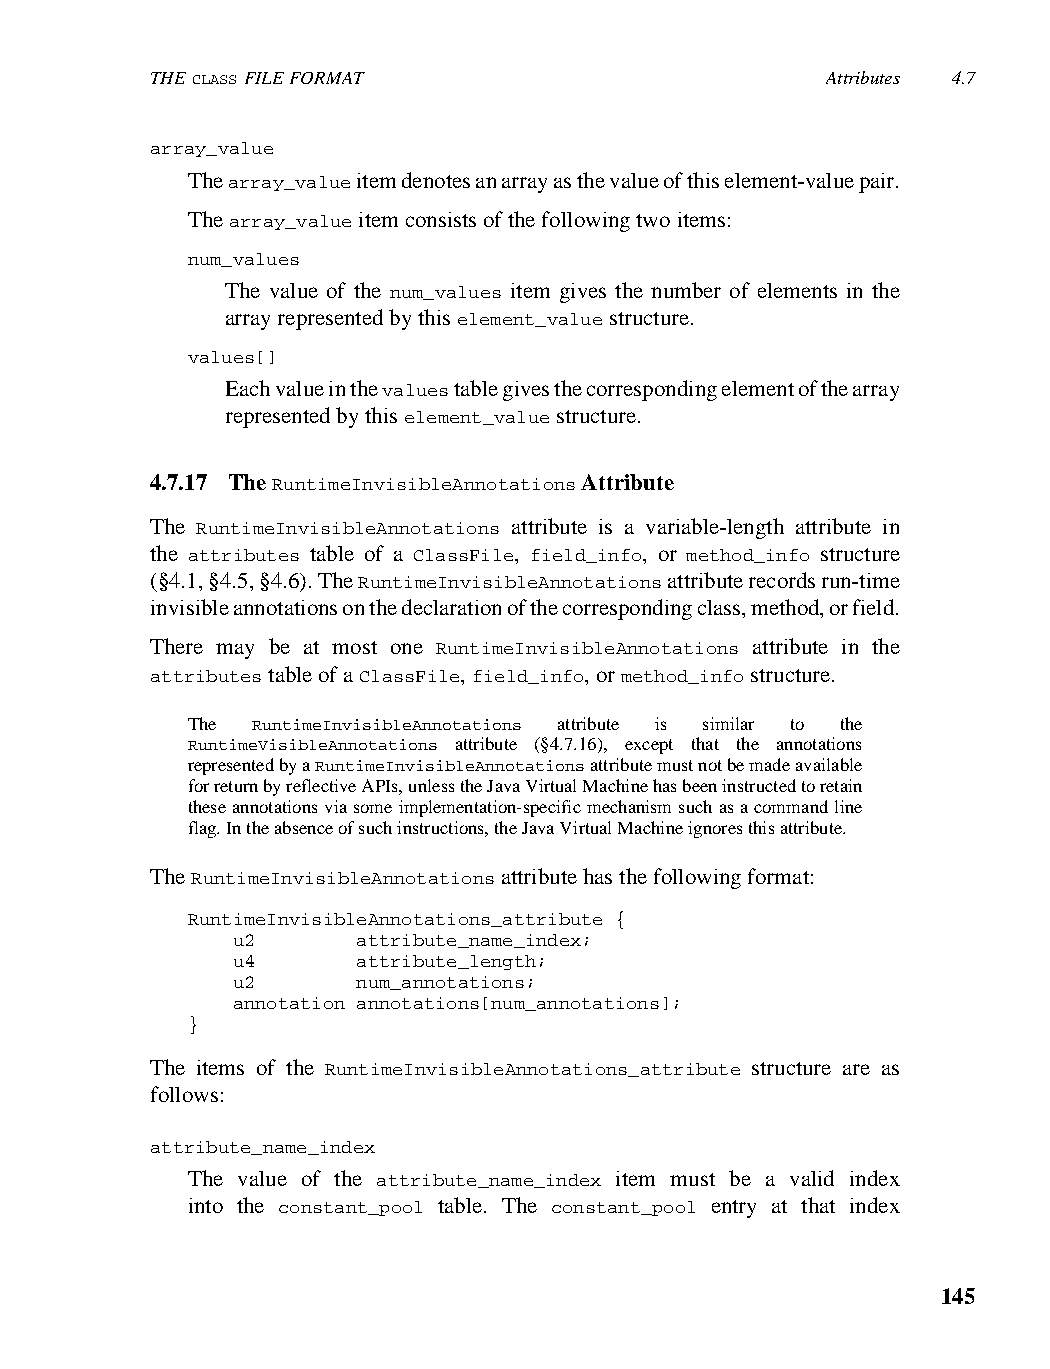
THE CLASS FILE FORMAT                        Attributes 4.7
 array_value
 The array_value item denotes an array as the value of this element-value pair.
 The array_value item consists of the following two items:
 num_values
 The value of the num_values item gives the number of elements in the
 array represented by this element_value structure.
 values[]
 Each value in the values table gives the corresponding element of the array
 represented by this element_value structure.
 4.7.17 The RuntimeInvisibleAnnotations Attribute
 The RuntimeInvisibleAnnotations attribute is a variable-length attribute in
 the attributes table of a ClassFile, field_info, or method_info structure
 (§4.1, §4.5, §4.6). The RuntimeInvisibleAnnotations attribute records run-time
 invisible annotations on the declaration of the corresponding class, method, or field.
 There may be at most one RuntimeInvisibleAnnotations attribute in the
 attributes table of a ClassFile, field_info, or method_info structure.
 The  RuntimeInvisibleAnnotations attribute is similar to the
 RuntimeVisibleAnnotations attribute (§4.7.16), except that the annotations
 represented by a RuntimeInvisibleAnnotations attribute must not be made available
 for return by reflective APIs, unless the Java Virtual Machine has been instructed to retain
 these annotations via some implementation-specific mechanism such as a command line
 flag. In the absence of such instructions, the Java Virtual Machine ignores this attribute.
 The RuntimeInvisibleAnnotations attribute has the following format:
 RuntimeInvisibleAnnotations_attribute {
 u2       attribute_name_index;
 u4       attribute_length;
 u2       num_annotations;
 annotation annotations[num_annotations];
 }
 The items of the RuntimeInvisibleAnnotations_attribute structure are as
 follows:
 attribute_name_index
 The value of the attribute_name_index item must be a valid index
 into the constant_pool table. The constant_pool entry at that index
 145